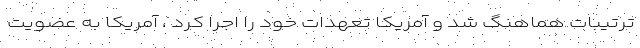
ترتیبات هماهنگ شد و آمریکا تعهدات خود را اجرا کرد ، آمریکا به عضویت